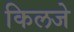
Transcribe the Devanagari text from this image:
किलजे